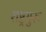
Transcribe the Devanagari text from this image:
राष्ट्रगुरू